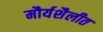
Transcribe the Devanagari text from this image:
मौर्यशैलीत